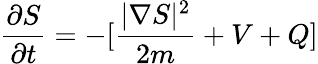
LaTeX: \frac{\partial S}{\partial t}=-[\frac{|\nabla S|^{2}}{2m}+V+Q]